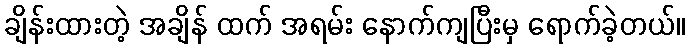
ချိန်းထားတဲ့ အချိန် ထက် အရမ်း နောက်ကျပြီးမှ ရောက်ခဲ့တယ်။